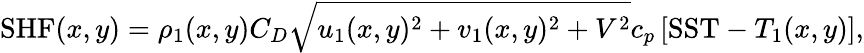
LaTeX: \mathrm{SHF}(x,y)=\rho_{1}(x,y)C_{D}\sqrt{u_{1}(x,y)^{2}+v_{1}(x,y)^{2}+V^{2}}c_{p}\left[\mathrm{SST}-T_{1}(x,y)\right],